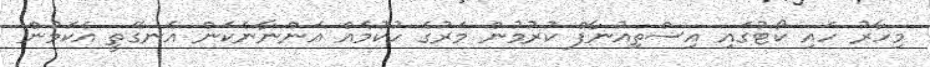
މިހާރު ހައި ކޯޓުގައި އިސްތިއުނާފް ކުރުމުން މަރުގެ ހުކުމެއް އަންނާނެކަން އެނގޭތީ އެކަމުން